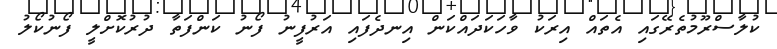
ކުލާސްރޫމުތެރޭގައި އެތައް އިރަކު ވާހަކަދައްކަން އިނދެފައި އަރުފީނު ފޯނު ކަންފަތާ ދުރުކޮށްލީ ފޯނުކޯލު